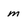
Character: m